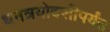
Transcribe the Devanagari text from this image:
धनत्रयोदशीपर्यंत